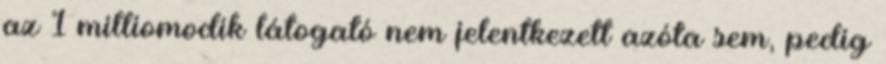
az 1 milliomodik látogató nem jelentkezett azóta sem, pedig